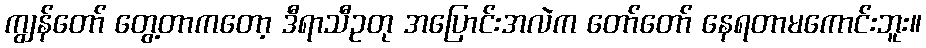
ကျွန်တော် တွေ့တာကတော့ ဒီရာသီဥတု အပြောင်းအလဲက တော်တော် နေရတာမကောင်းဘူး။